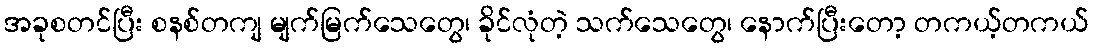
အခုစတင်ပြီး စနစ်တကျ မျက်မြက်သေတွေ၊ ခိုင်လုံတဲ့ သက်သေတွေ၊ နောက်ပြီးတော့ တကယ့်တကယ်